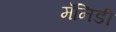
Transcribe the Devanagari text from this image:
मॅनिडी